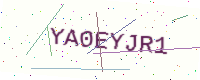
Text: YA0EYJR1